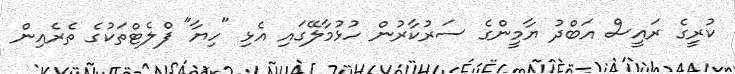
ކުރީގެ ރައީސް އަބްދު ޔާމީންގެ ސަރުކާރުން ހުޅުމާލޭގައި އެޅި "ހިޔާ" ފްލެޓްތަކުގެ ތެރެއިން